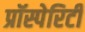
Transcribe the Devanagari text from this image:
प्रॉस्पेरिटी